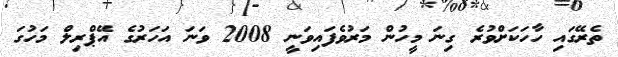
ތެރޭގައި ހާހަކަށްވުރެ ގިނަ މީހުން މަރުވެފައިވަނީ 2008 ވަނަ އަހަރުގެ އޭޕްރިލް މަހުގަ